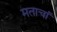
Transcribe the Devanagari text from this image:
मताचां